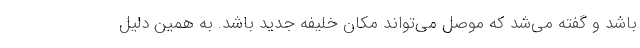
باشد و گفته مي‌شد كه موصل مي‌تواند مكان خليفه جديد باشد. به همين دليل